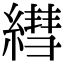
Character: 𦄑